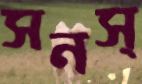
সনস্